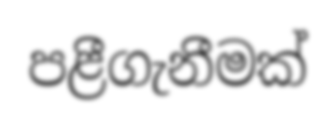
පළීගැනීමක්